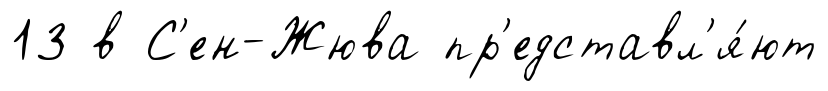
13 в С'ен-Жюва пр'едставл'я́ют